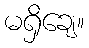
မရှိချေ။